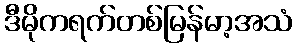
ဒီမိုကရက်တစ်မြန်မာ့အသံ